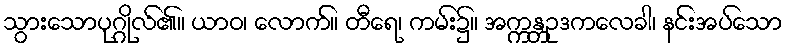
သွားသောပုဂ္ဂိုလ်၏။ ယာဝ၊ လောက်။ တီရေ၊ ကမ်း၌။ အက္ကန္တဥဒကလေခါ၊ နင်းအပ်သော